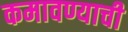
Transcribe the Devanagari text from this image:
कमावण्याची